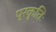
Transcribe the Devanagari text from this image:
प्रकृतिः